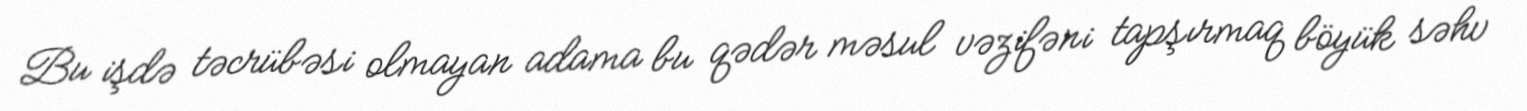
Bu işdə təcrübəsi olmayan adama bu qədər məsul vəzifəni tapşırmaq böyük səhv